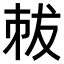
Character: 𠀽